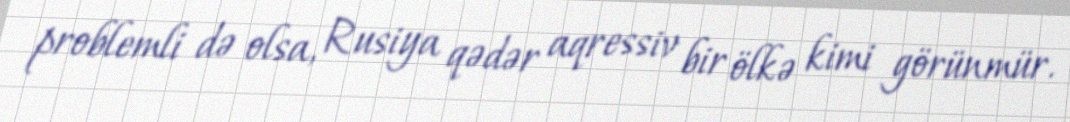
problemli də olsa, Rusiya qədər aqressiv bir ölkə kimi görünmür.